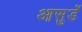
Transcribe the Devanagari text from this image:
आसुर्डे